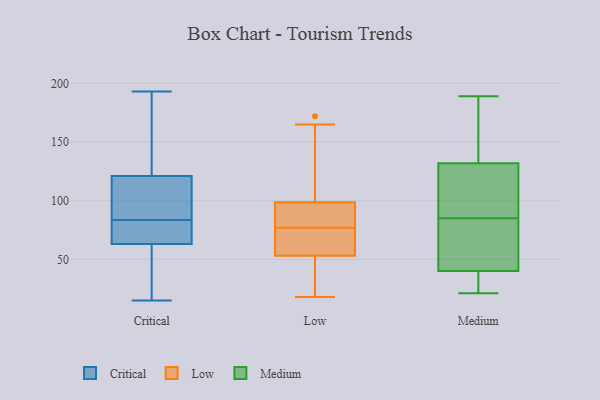
{"axis": {"x": "Temperature (°C)", "y": "Value"}, "legend": ["Critical", "Low", "Medium"], "data": [{"x": "", "y": 178, "type": "Critical"}, {"x": "", "y": 53, "type": "Critical"}, {"x": "", "y": 68, "type": "Critical"}, {"x": "", "y": 16, "type": "Critical"}, {"x": "", "y": 65, "type": "Critical"}, {"x": "", "y": 135, "type": "Critical"}, {"x": "", "y": 98, "type": "Critical"}, {"x": "", "y": 15, "type": "Critical"}, {"x": "", "y": 152, "type": "Critical"}, {"x": "", "y": 63, "type": "Critical"}, {"x": "", "y": 121, "type": "Critical"}, {"x": "", "y": 69, "type": "Critical"}, {"x": "", "y": 103, "type": "Critical"}, {"x": "", "y": 65, "type": "Critical"}, {"x": "", "y": 35, "type": "Critical"}, {"x": "", "y": 104, "type": "Critical"}, {"x": "", "y": 193, "type": "Critical"}, {"x": "", "y": 113, "type": "Critical"}, {"x": "", "y": 55, "type": "Low"}, {"x": "", "y": 70, "type": "Low"}, {"x": "", "y": 165, "type": "Low"}, {"x": "", "y": 131, "type": "Low"}, {"x": "", "y": 85, "type": "Low"}, {"x": "", "y": 88, "type": "Low"}, {"x": "", "y": 42, "type": "Low"}, {"x": "", "y": 82, "type": "Low"}, {"x": "", "y": 70, "type": "Low"}, {"x": "", "y": 47, "type": "Low"}, {"x": "", "y": 18, "type": "Low"}, {"x": "", "y": 172, "type": "Low"}, {"x": "", "y": 77, "type": "Low"}, {"x": "", "y": 121, "type": "Medium"}, {"x": "", "y": 84, "type": "Medium"}, {"x": "", "y": 39, "type": "Medium"}, {"x": "", "y": 189, "type": "Medium"}, {"x": "", "y": 66, "type": "Medium"}, {"x": "", "y": 118, "type": "Medium"}, {"x": "", "y": 41, "type": "Medium"}, {"x": "", "y": 86, "type": "Medium"}, {"x": "", "y": 62, "type": "Medium"}, {"x": "", "y": 31, "type": "Medium"}, {"x": "", "y": 67, "type": "Medium"}, {"x": "", "y": 135, "type": "Medium"}, {"x": "", "y": 114, "type": "Medium"}, {"x": "", "y": 129, "type": "Medium"}, {"x": "", "y": 28, "type": "Medium"}, {"x": "", "y": 21, "type": "Medium"}, {"x": "", "y": 24, "type": "Medium"}, {"x": "", "y": 173, "type": "Medium"}, {"x": "", "y": 162, "type": "Medium"}, {"x": "", "y": 147, "type": "Medium"}]}